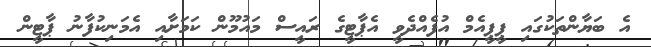
އެ ބަޔާންތަކުގައި ޕީޕީއެމް އުފެއްދެވީ އެޕާޓީގެ ރައީސް މައުމޫން ކަމަށާއި އެމަނިކުފާނު ޕާޓީން